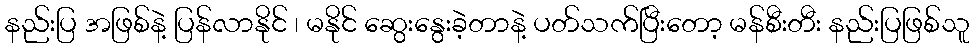
နည်းပြ အဖြစ်နဲ့ ပြန်လာနိုင် ၊ မနိုင် ဆွေးနွေးခဲ့တာနဲ့ ပတ်သက်ပြီးတော့ မန်စီးတီး နည်းပြဖြစ်သူ